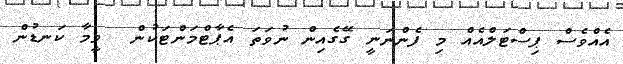
އެއްވެސް ޕިސްޓަލްއެއް މި ފެންނަނީ ގޭގެއިން ނުވަތަ އެޕާޓްމަންޓަކުން  ވީމާ ކަނޑުން